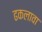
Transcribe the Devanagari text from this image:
ढकलावा